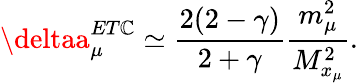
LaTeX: \deltaa_{\mu}^{ET\mathbb{C}}\simeq\frac{{2(2-\gamma)}}{{2+\gamma}}\frac{{m_{\mu}^{2}}}{{M_{x_{\mu}}^{2}}}.